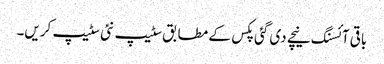
باقی آئسنگ نیچے دی گئی پکس کے مطابق سٹیپ نئی سٹیپ کریں۔